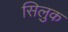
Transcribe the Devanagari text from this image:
सिलुक